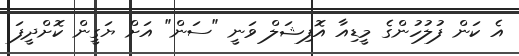
އެ ކަން ފުލުހުންގެ މީޑިއާ އޮފިޝަލް ވަނީ "ސަން" އަށް ޔަގީން ކޮށްދީފަ